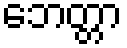
ဘေတ္တာ